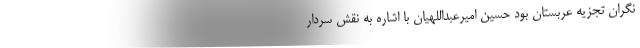
نگران تجزیه عربستان بود حسین امیرعبداللهیان با اشاره به نقش سردار